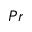
P r